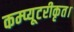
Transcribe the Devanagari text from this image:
कम्प्यूटरीकृत।